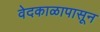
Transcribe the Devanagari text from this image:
वेदकाळापासून